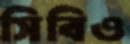
সিবিও